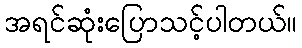
အရင်ဆုံးပြောသင့်ပါတယ်။